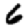
Digit: 6